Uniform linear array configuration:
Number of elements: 48
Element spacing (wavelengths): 0.5
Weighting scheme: cosine
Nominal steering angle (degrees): -30
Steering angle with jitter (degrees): -31.467
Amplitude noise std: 0.05
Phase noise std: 0.05

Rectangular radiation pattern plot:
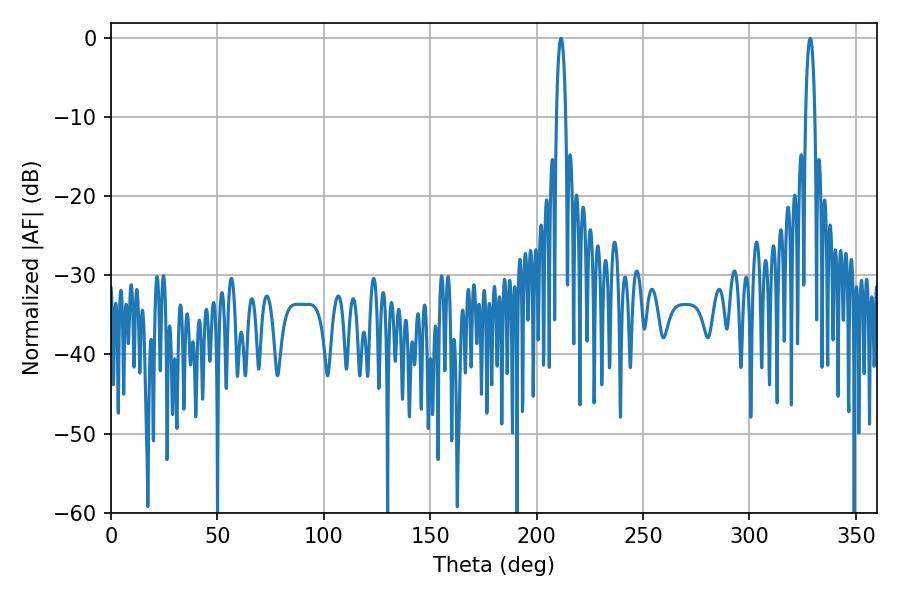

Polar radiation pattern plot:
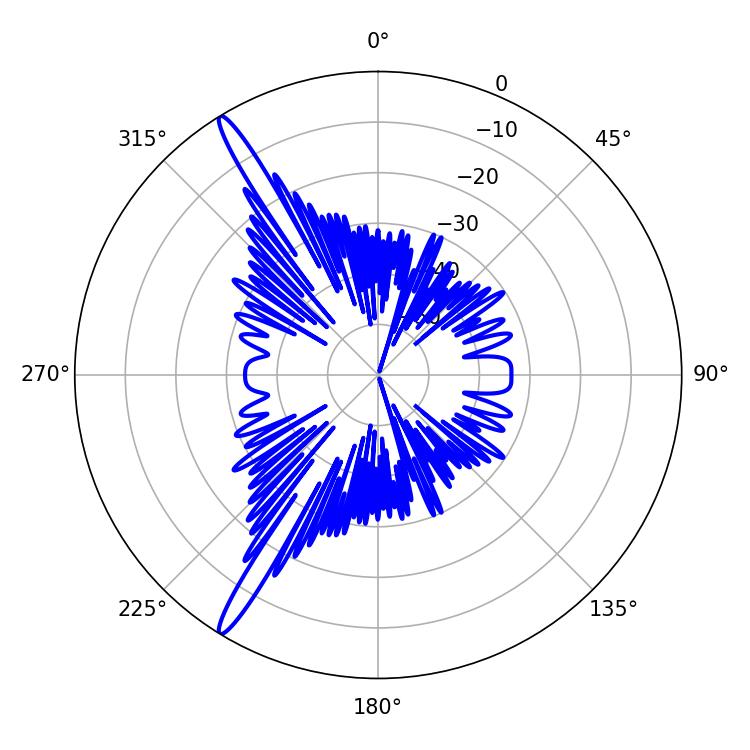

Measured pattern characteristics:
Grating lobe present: FALSE
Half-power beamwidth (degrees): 2.34
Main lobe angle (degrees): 328.5